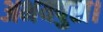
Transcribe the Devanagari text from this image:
अभयपुरा।